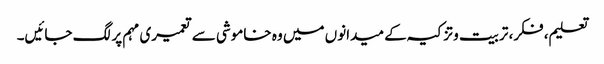
تعلیم، فکر، تربیت وتزکیہ کے میدانوں میں وہ خاموشی سے تعمیری مہم پر لگ جائیں۔